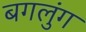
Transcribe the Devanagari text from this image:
बगलुंग